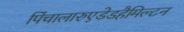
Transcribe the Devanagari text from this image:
पिंचालारुएडेडहैमिल्टन